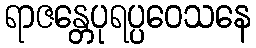
ရာဇန္တေပုရပ္ပဝေသနေ